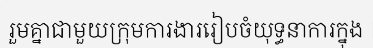
រួមគ្នាជាមួយក្រុមការងាររៀបចំយុទ្ធនាការក្នុង